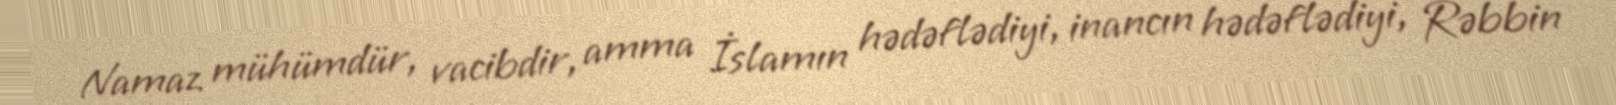
Namaz mühümdür, vacibdir, amma İslamın hədəflədiyi, inancın hədəflədiyi, Rəbbin